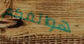
هواتفكم